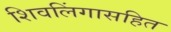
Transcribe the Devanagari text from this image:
शिवलिंगासहित